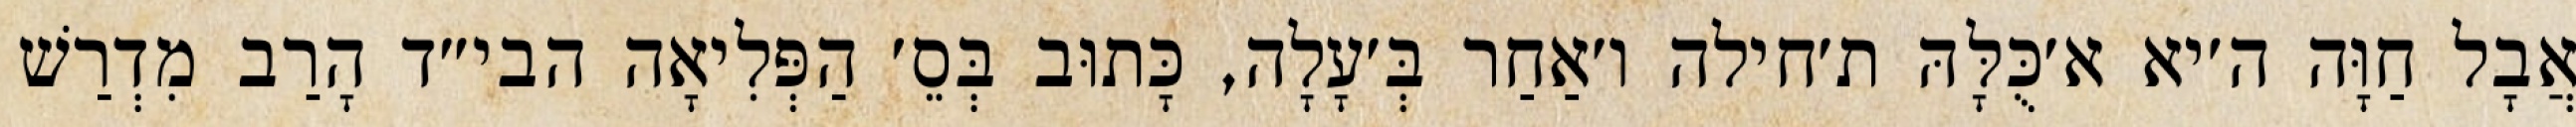
אֲבָל חַוָּה ה׳יא א׳כֻּלָּהּ ת׳חילה ו׳אַחַר בְּ׳עָלָה, כָּתוּב בְּסֵ׳ הַפְּלִיאָה הבי״ד הָרַב מִדְרַשׁ